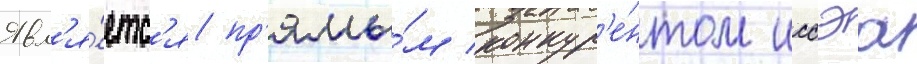
Явл'я́етс'я пр'ямы́м конкур'е́нтом иссэа